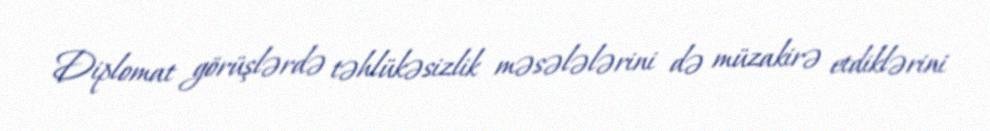
Diplomat görüşlərdə təhlükəsizlik məsələlərini də müzakirə etdiklərini